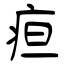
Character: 疸